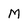
Character: M